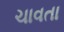
ચાવતા